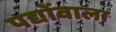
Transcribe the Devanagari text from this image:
पद्योंवाला